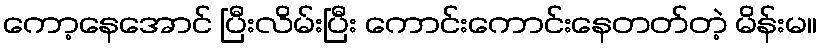
ကော့နေအောင် ပြီးလိမ်းပြီး ကောင်းကောင်းနေတတ်တဲ့ မိန်းမ။